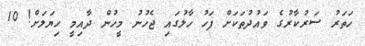
ހަތަރު ސަރުކާރުގެ ވައުދުތަކަށް ފަހު ހާލުގައި ޖެހުނު މީހުން ދާއިމީ ހިޔަލަށް! 10